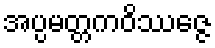
အပ္ပမတ္တကဝိဿဇ္ဇေ